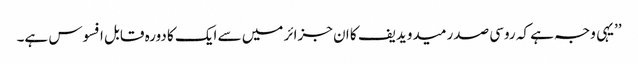
’’یہی وجہ ہے کہ روسی صدر میدویدیف کا ان جزائر میں سے ایک کا دورہ قابل افسوس ہے۔